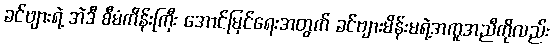
ခင်ဗျားရဲ့ အဲဒီ စီမံကိန်းကြီး အောင်မြင်ရေးအတွက် ခင်ဗျားမိန်းမရဲ့အကူအညီကိုလည်း